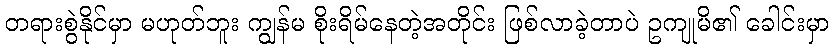
တရားစွဲနိုင်မှာ မဟုတ်ဘူး ကျွန်မ စိုးရိမ်နေတဲ့အတိုင်း ဖြစ်လာခဲ့တာပဲ ဥကျုမိ၏ ခေါင်းမှာ